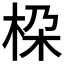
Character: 桗